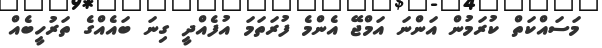
މަސައްކަތް ކުރަމުން އަންނަ އަމްޖޭ އެންމެ ފުރަތަމަ އުފެއްދީ ގިނަ ބައެއްގެ ތަރުހީބެއް